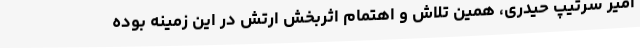
امیر سرتیپ حیدری، همین تلاش و اهتمام اثربخش ارتش در این زمینه بوده